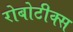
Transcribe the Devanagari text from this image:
रोबोटीक्स